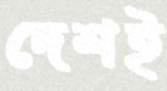
দেশই